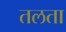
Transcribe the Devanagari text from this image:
तलता